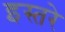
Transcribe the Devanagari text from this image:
इस्तरे